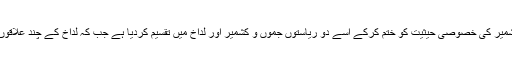
واضح رہے کہ مودی سرکار نے کشمیر کی خصوصی حیثیت کو ختم کرکے اسے دو ریاستوں جموں و کشمیر اور لداخ میں تقسیم کردیا ہے جب کہ لداخ کے چند علاقوں پر چین ملکیت کا دعویٰ رکھتا ہے۔